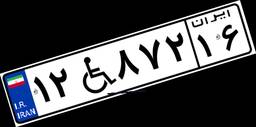
۱۲W۸۷۲۱۶